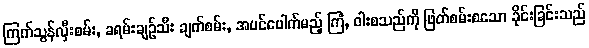
ကြက်သွန်လှီးစမ်း, ခရမ်းချဉ်သီး ချက်စမ်း, အပင်ပေါက်မည့် ကြံ, ဝါးစသည်ကို ဖြတ်စမ်းစသော ခိုင်းခြင်းသည်